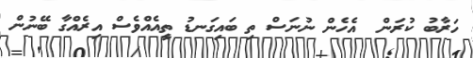
ހަރާބު ކުރަން  އެހެން ނުނަސް ތި ބައިގަނޑު ތީއެއްވެސް އިރެއްގާ ބޭނުން